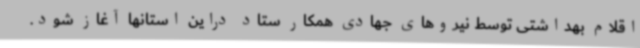
اقلام بهداشتی توسط نیروهای جهادی همکار ستاد دراین استانها آغاز شود.